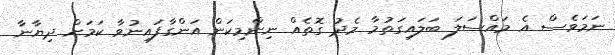
ނަމަވެސް އެ މައްސަލަ ބަލައިގަތުމާ މެދު ގޮތެއް ނިންމިކަން އަންގާފައިނުވާ ކަމަށް ދިޔާނާ